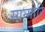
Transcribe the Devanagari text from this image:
सान्गोरि